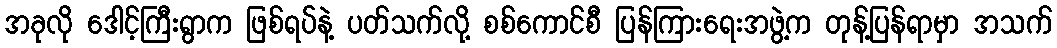
အခုလို ဒေါင့်ကြီးရွာက ဖြစ်ရပ်နဲ့ ပတ်သက်လို့ စစ်ကောင်စီ ပြန်ကြားရေးအဖွဲ့က တုန့်ပြန်ရာမှာ အသက်